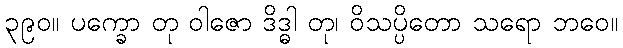
၃၉၀။ ပက္ခော တု ဝါဇော ဒိဒ္ဓါ တု၊ ဝိသပ္ပိတော သရော ဘဝေ။